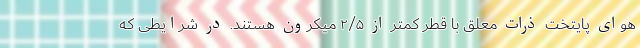
هوای پایتخت ذرات معلق با قطر کمتر از ۲/۵ میکرون هستند. در شرایطی که